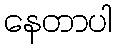
နေတာပါ